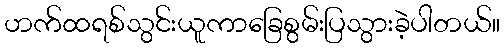
ဟက်ထရစ်သွင်းယူကာခြေစွမ်းပြသွားခဲ့ပါတယ်။